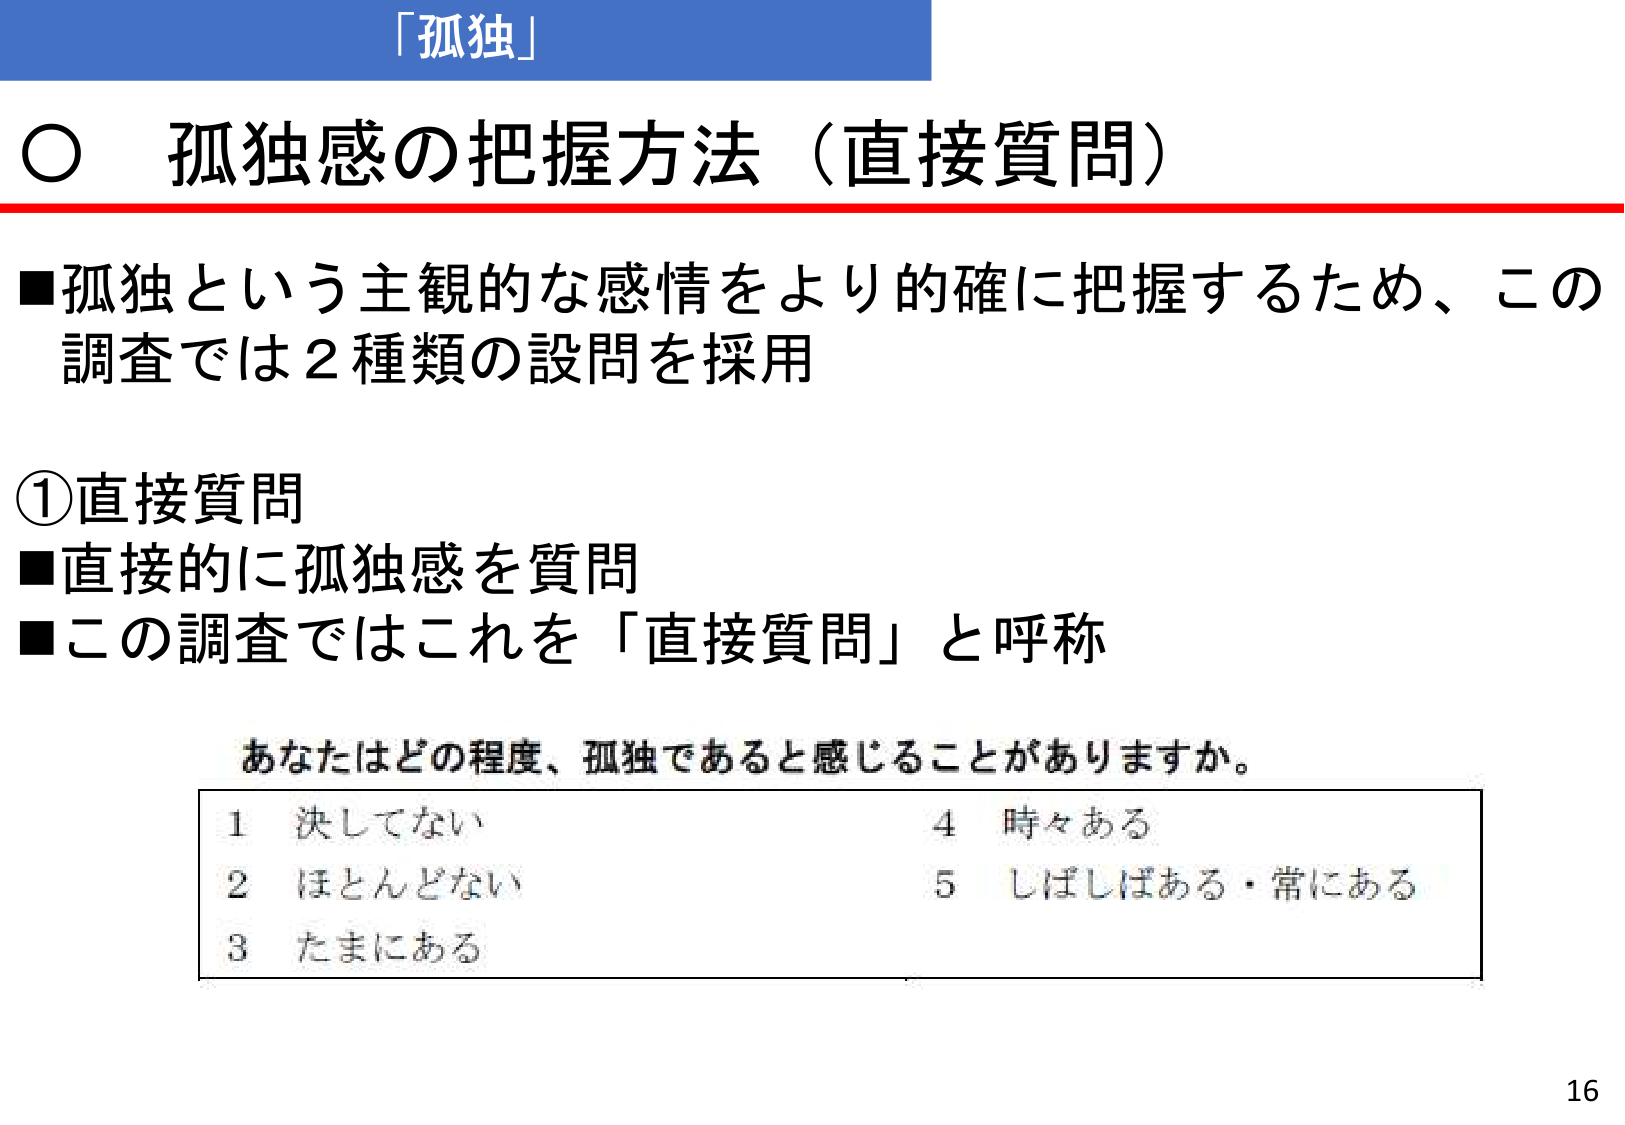
「孤独」

○ 孤独感の把握方法（直接質問）

■孤独という主観的な感情をより的確に把握するため、この調査では２種類の設問を採用

①直接質問
■直接的に孤独感を質問
■この調査ではこれを「直接質問」と呼称

あなたはどの程度、孤独であると感じることがありますか。

1 決してない
2 ほとんどない
3 たまにある
4 時々ある
5 しばしばある・常にあり

16